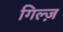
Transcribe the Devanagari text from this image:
गिल्ज़